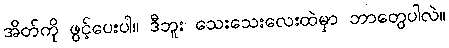
အိတ်ကို ဖွင့်ပေးပါ။ ဒီဘူး သေးသေးလေးထဲမှာ ဘာတွေပါလဲ။